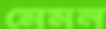
মেমন